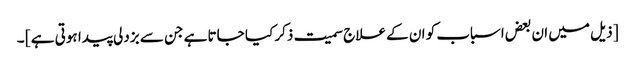
[ ذیل میں ان بعض اسباب کو ان کے علاج سمیت ذکر کیا جاتا ہے جن سے بزدلی پیدا ہوتی ہے ] ۔